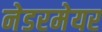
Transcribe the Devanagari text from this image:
नेडरमेयर